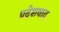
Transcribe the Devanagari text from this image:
प्रदेशवाद